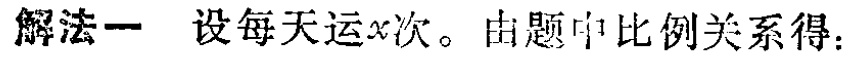
解法一 设每天运\(x\)次。由题中比例关系得：